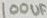
Text: 100UF